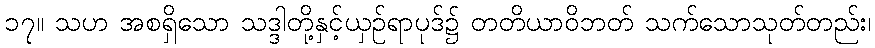
၁၇။ သဟ အစရှိသော သဒ္ဒါတို့နှင့်ယှဉ်ရာပုဒ်၌ တတိယာဝိဘတ် သက်သောသုတ်တည်း၊